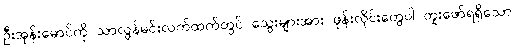
ဦးအုန်းမောင်ကို သာလွန်မင်းလက်ထက်တွင် သွေးများအား ဖုန်းလိုင်းတွေပါ တူးဖော်ရရှိသော